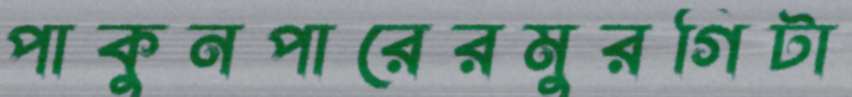
পাকুনপারেরমুরগিটা